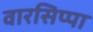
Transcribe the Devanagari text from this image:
वारसिप्पा